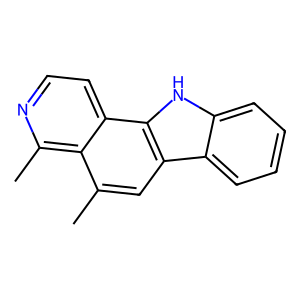
SMILES: Cc1cc2c3ccccc3[nH]c2c2ccnc(C)c12
Inhibits HIV replication: No